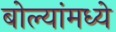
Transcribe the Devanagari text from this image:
बोल्यांमध्ये